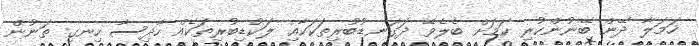
ހަމަލާ ދޭން ބޭނުންކުރި ކަމަށް ބެލެވޭ ދަގަނޑުބުރިތަކަކާއި ލަކުޑިބުރިތަކެއް ހާދިސާ ހިނގި ތަނުން